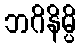
ဘဂိနိမ္ပိ